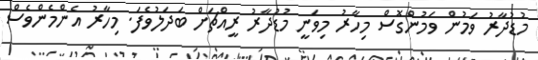
މުޑުދާރު ވަމުން ވަމުންގޮސް މިހާރު މިވަނީ މުޑުދާރު ރީއްޗަށް ބަދަލުވެފަ. މިހާރު އެންމެންވެސް